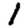
Digit: 1